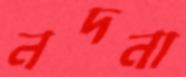
নদনা